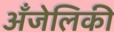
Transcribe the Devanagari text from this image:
अँजेलिकी